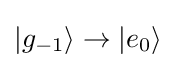
|g_{-1}\rangle \rightarrow |e_{0}\rangle